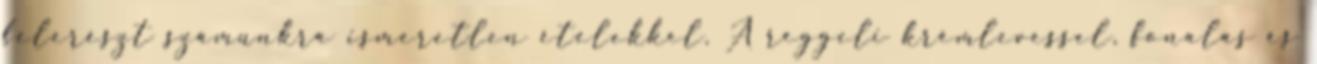
felerészt számunkra ismeretlen ételekkel. A reggeli krémlevessel, fonalas és